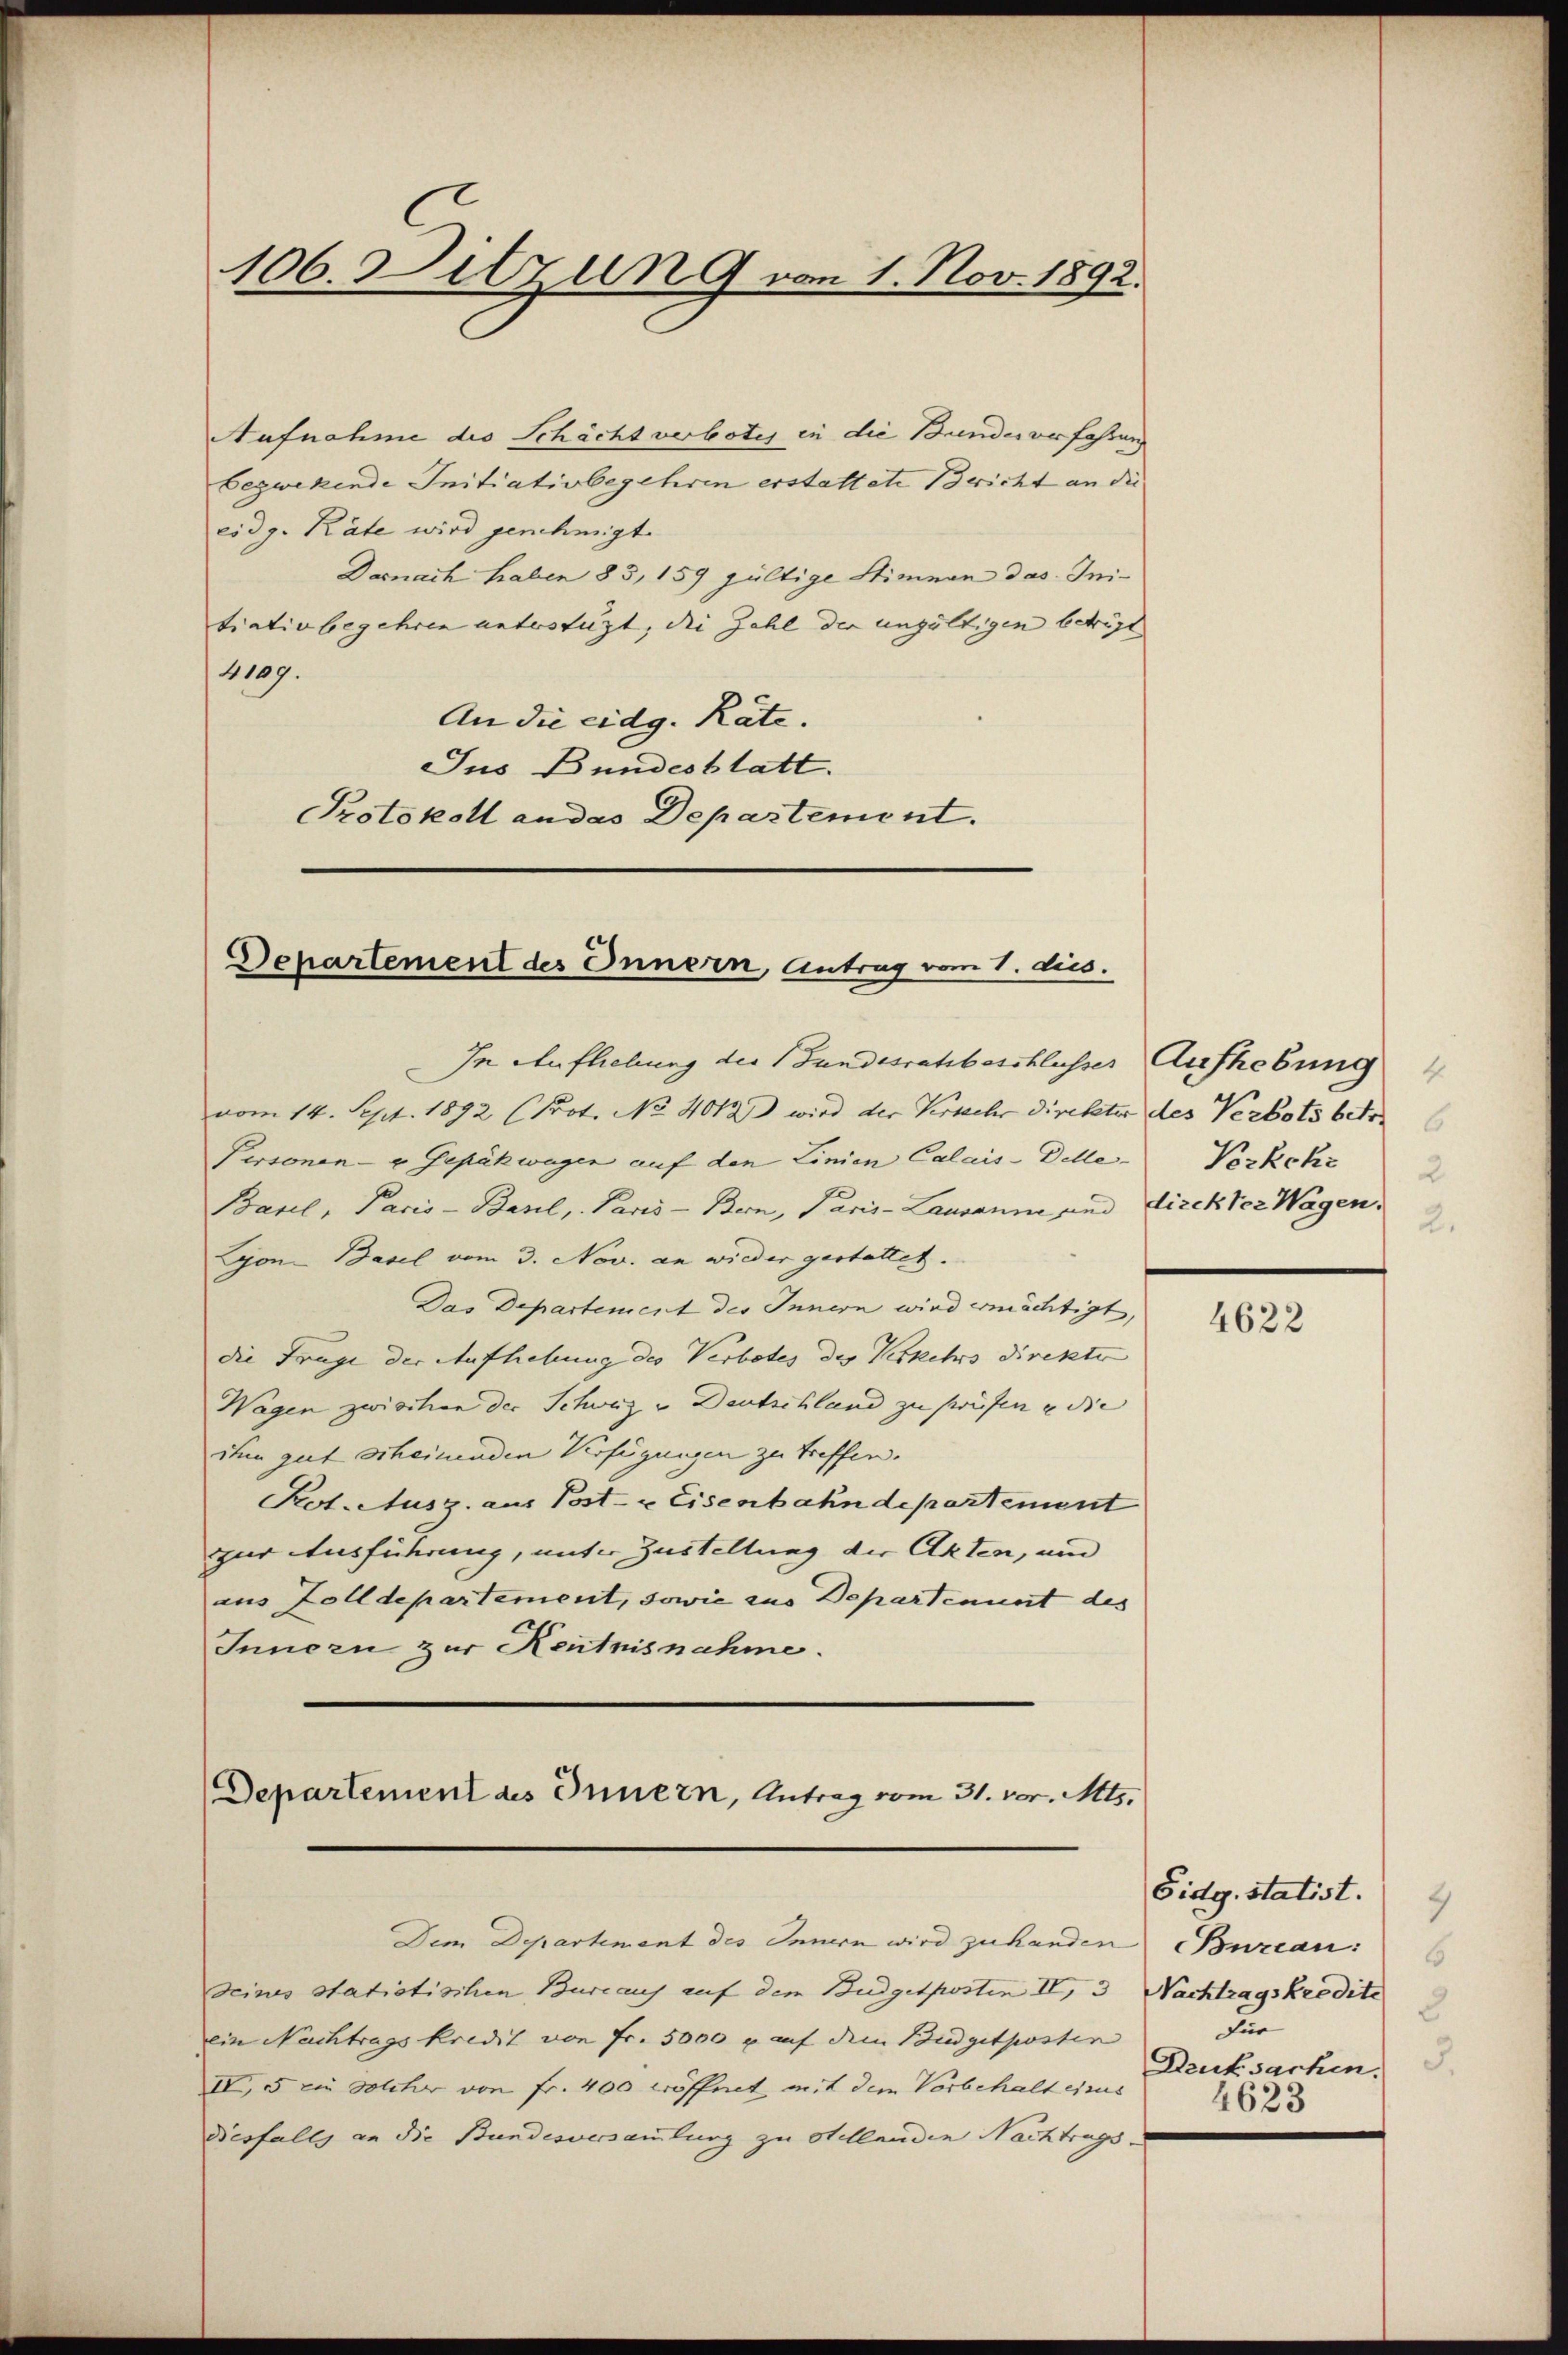
Aufnahme die Schächt verbotes in die Bundesverfaßung
bezwekende Initiativbegehren erstattete Tricht an die
eidg. Käte wird genehmigt.
Darnach haben 85, 159 gültige Stimmen das Initiativbegehren unterstüzt, die Zahl der ungültigen beträgt
4109.
An die eidg. Räte.
Jus Bundesblatt.
Protokoll an das Departement.

106. Sitzung von 1. Nov. 1892.

Departement des Innern, Antrag vom 1. dus.

In Aufliebung der Landesratsbeschlusser Aufhebung
vom 14. Sept. 1892 (Prot. No 4012 wird der Kerkehr direktor des Verbots betre
Personen- u Gepäkwagen auf den Linien Calais-Delle Vorkehr
Basel, Paris - Basel, Paris - Bern, Paris-Lausanne und Direkter Wagen,
Lyon-Basel vom 3. Nov. an wieder gestattet.
Das Departement des Innern wird ermächtigt,
die Frage der Aufhebung des Verbotes des Verkehrs direktor
Wagen zwischen der Schweiz von Deutschland zu prüfen u die
ihen gut erheinenden Verfügungen zu treffen.
Kot. Ausg. aus Post- & Eisenbahndepartement
zur Ausführung, unter Zustellung der Akten, und
aus Zolldepartement, sowie aus Departenunt des
Innern zur Kentnisnahme.

Departement des Innern, Antrag vom 31. vor. Mts.
Dem Departement des Innern wird zuhanden Burcan:

seines statistischen Bureaus auf dem Budgetposten II, 3 Nachtragskredite
ein Nachtrags kredit von Fr. 5000 u. auf dem Budgetposten
IV, 5 ein solcher von Fr. 400 eröffnet mit dem Vorbehalt eines
Desfalls an die Bundesversammlung zu stellenden Nachtrags-

4
2
2

4622

Eidg. statist.
4
6
3
Für
3.
Druksachen.
4623